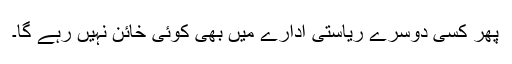
پھر کسی دوسرے ریاستی ادارے میں بھی کوئی خائن نہیں رہے گا۔